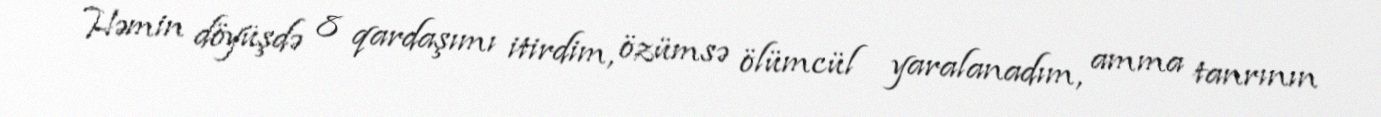
Həmin döyüşdə 8 qardaşımı itirdim, özümsə ölümcül yaralanadım, amma tanrının